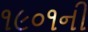
૧૯૦૧ની